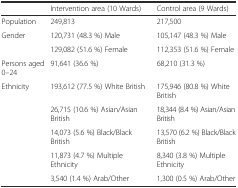
<table><thead><tr><td></td><td><b>Intervention area (10 Wards)</b></td><td><b>Control area (9 Wards)</b></td></tr></thead><tbody><tr><td>Population</td><td>249,813</td><td>217,500</td></tr><tr><td rowspan="2">Gender</td><td>120,731 (48.3 %) Male</td><td>105,147 (48.3 %) Male</td></tr><tr><td>129,082 (51.6 %) Female</td><td>112,353 (51.6 %) Female</td></tr><tr><td>Persons aged 0–24</td><td>91,641 (36.6 %)</td><td>68,210 (31.3 %)</td></tr><tr><td rowspan="5">Ethnicity</td><td>193,612 (77.5 %) White British</td><td>175,946 (80.8 %) White British</td></tr><tr><td>26,715 (10.6 %) Asian/Asian British</td><td>18,344 (8.4 %) Asian/Asian British</td></tr><tr><td>14,073 (5.6 %) Black/Black British</td><td>13,570 (6.2 %) Black/Black British</td></tr><tr><td>11,873 (4.7 %) Multiple Ethnicity</td><td>8,340 (3.8 %) Multiple Ethnicity</td></tr><tr><td>3,540 (1.4 %) Arab/Other</td><td>1,300 (0.5 %) Arab/Other</td></tr></tbody></table>